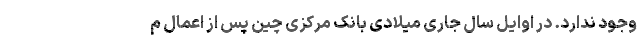
وجود ندارد. در اوایل سال جاری میلادی بانک مرکزی چین پس از اعمال م